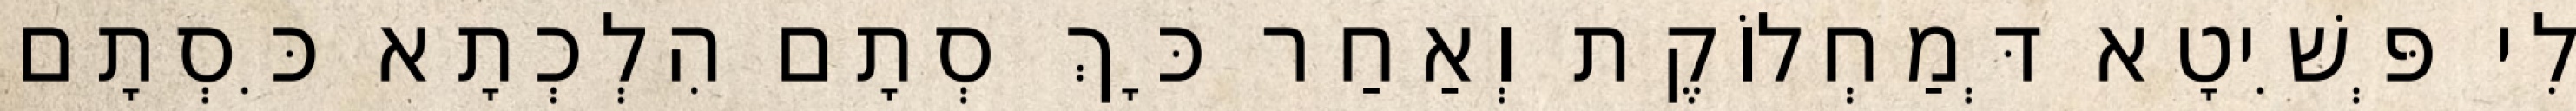
לִי פְּשִׁיטָא דְּמַחְלוֹקֶת וְאַחַר כָּךְ סְתָם הִלְכְתָא כִּסְתָם